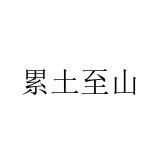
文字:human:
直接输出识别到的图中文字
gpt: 累土至山